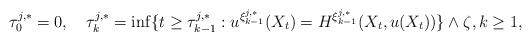
LaTeX: \begin{align*}\tau^{j,*}_{0}=0,\quad\tau_k^{j,*} =\inf\{t\ge\tau^{j,*}_{k-1}:u^{\xi^{j,*}_{k-1}}(X_t)=H^{\xi^{j,*}_{k-1}}(X_t,u(X_t))\}\wedge \zeta,k\ge1,\end{align*}